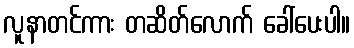
လူနာတင်ကား တဆိတ်လောက် ခေါ်ပေးပါ။